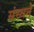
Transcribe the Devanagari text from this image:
संस्थने